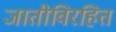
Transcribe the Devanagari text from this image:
जातीविरहित